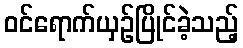
ဝင်ရောက်ယှဉ်ပြိုင်ခဲ့သည့်